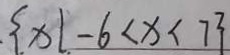
\{ x \vert - 6 < x < 7 \}